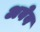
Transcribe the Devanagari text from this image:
अवेव